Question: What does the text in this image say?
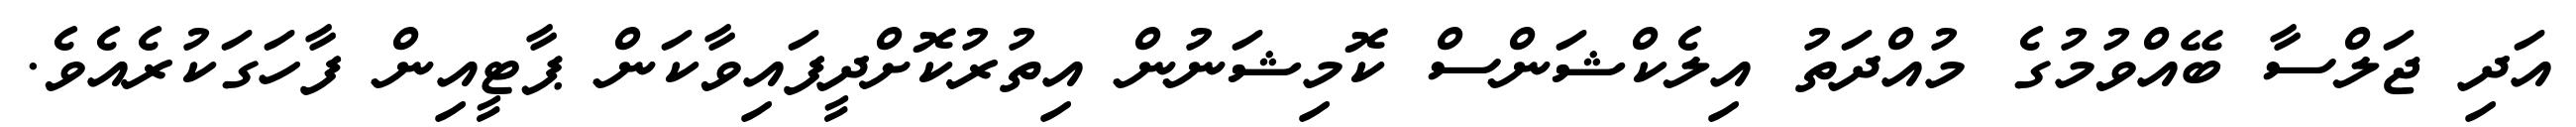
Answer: އަދި ޖަލްސާ ބޭއްވުމުގެ މުއްދަތު އިލެކްޝަންސް ކޮމިޝަނުން އިތުރުކޮށްދީފައިވާކަން ޕާޓީއިން ފާހަގަކުރެއެވެ.